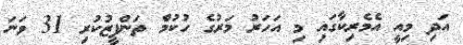
އަދި މިއީ އެމެރިކާގައި މި އަހަރު މަރުގެ ހުކުމް ތަންފީޒުކުރި 31 ވަނަ